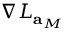
\nabla L _ { \mathbf { a } _ { M } }